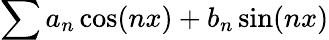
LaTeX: \sum a_{n}\cos(nx)+b_{n}\sin(nx)